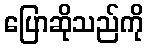
ပြောဆိုသည်ကို